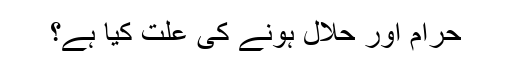
حرام اور حلال ہونے کی علت کیا ہے؟